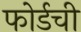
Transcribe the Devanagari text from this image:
फोर्डची